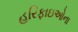
હરિફાઇઓના